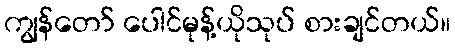
ကျွန်တော် ပေါင်မုန့်ယိုသုပ် စားချင်တယ်။